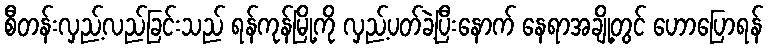
စီတန်းလှည့်လည်ခြင်းသည် ရန်ကုန်မြို့ကို လှည့်ပတ်ခဲ့ပြီးနောက် နေရာအချို့တွင် ဟောပြောရန်